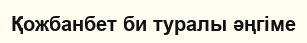
Қожбанбет би туралы әңгіме